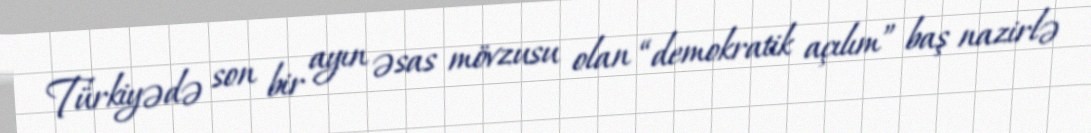
Türkiyədə son bir ayın əsas mövzusu olan “demokratik açılım” baş nazirlə